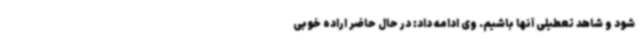
شود و شاهد تعطیلی آنها باشیم. وی ادامه داد: در حال حاضر اراده خوبی